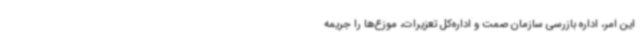
این امر، اداره بازرسی سازمان صمت و اداره‌کل تعزیرات، موزع‌ها را جریمه